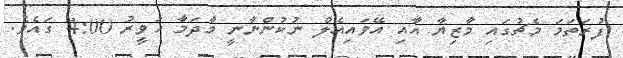
ފުރަތަމަ މެޗުގައި މާޒިޔާ އާއި އޭވައިއެލް ނުކުންނާނީ މާދަމާ ހަވީރު 4:00 ގައެވެ.